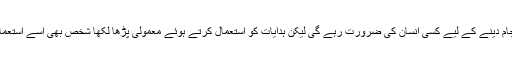
اس عمل کو انجام دینے کے لیے کسی انسان کی ضرورت رہے گی لیکن ہدایات کو استعمال کرتے ہوئے معمولی پڑھا لکھا شخص بھی اسے استعمال کرسکتا ہے۔